Problem: 3 × 3 = ?
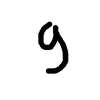
Handwritten answer: 9